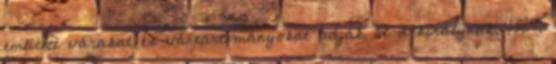
említett várakat és vártartományokat adják át a királynak. 1327.